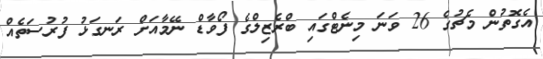
އެގޮތުން މެޗުގެ 26 ވަނަ މިނެޓްގައި ބްރެޒިލްގެ ފޯވާޑް ނޭމާއަށް ރަނގަޅު ފުރުސަތެއް